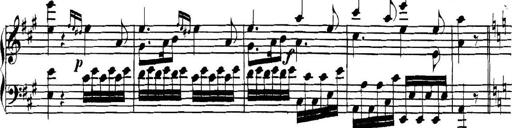
Title: Collected Piano Sonatas
Composer: Muzio Clementi